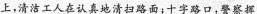
上，清洁工人在认真地清扫路面；十字路口，警察挥